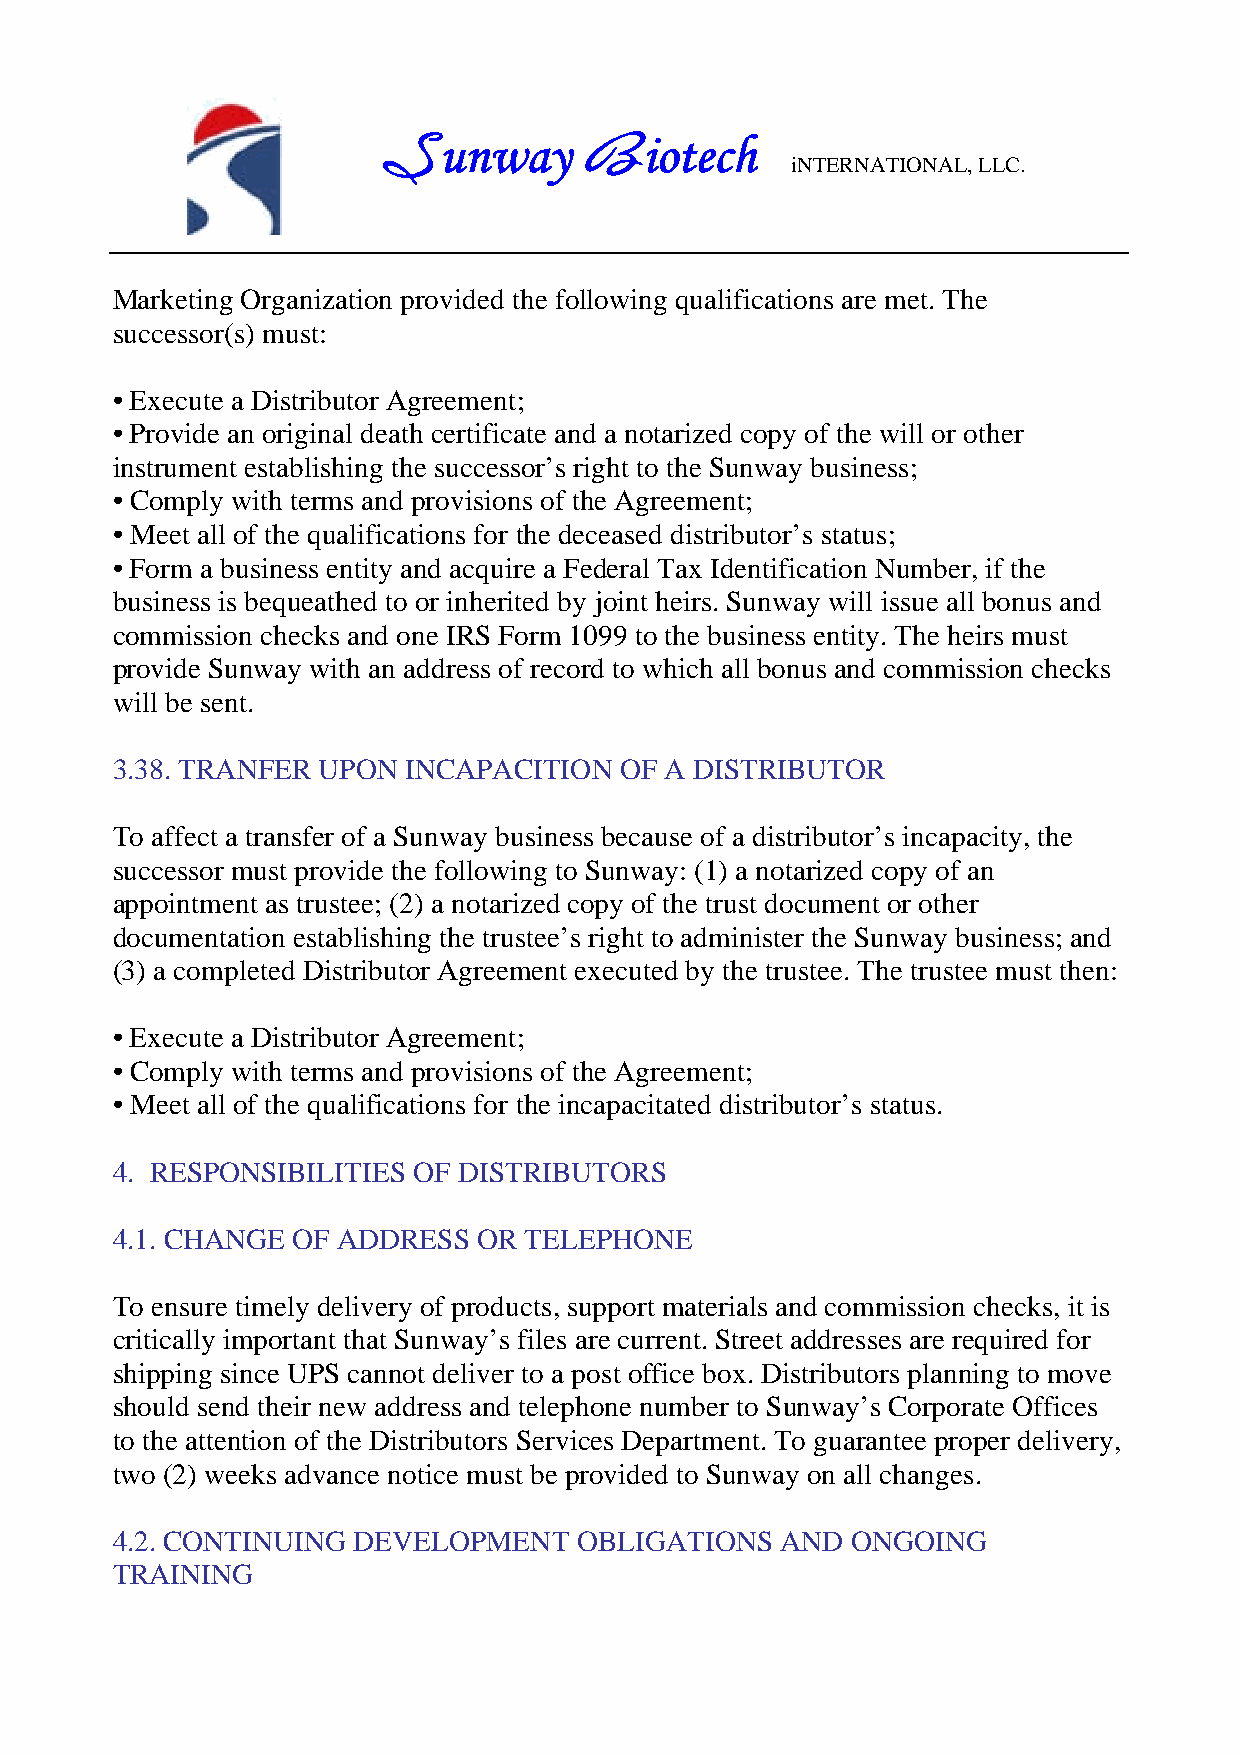
unway         iotech
 S             B            iNTERNATIONAL, LLC.
 Marketing Organization provided the following qualifications are met. The
 successor(s) must:
 • Execute a Distributor Agreement;
 • Provide an original death certificate and a notarized copy of the will or other
 instrument establishing the successor’s right to the Sunway business;
 • Comply with terms and provisions of the Agreement;
 • Meet all of the qualifications for the deceased distributor’s status;
 • Form a business entity and acquire a Federal Tax Identification Number, if the
 business is bequeathed to or inherited by joint heirs. Sunway will issue all bonus and
 commission checks and one IRS Form 1099 to the business entity. The heirs must
 provide Sunway with an address of record to which all bonus and commission checks
 will be sent.
 3.38. TRANFER UPON  INCAPACITION  OF A DISTRIBUTOR
 To affect a transfer of a Sunway business because of a distributor’s incapacity, the
 successor must provide the following to Sunway: (1) a notarized copy of an
 appointment as trustee; (2) a notarized copy of the trust document or other
 documentation establishing the trustee’s right to administer the Sunway business; and
 (3) a completed Distributor Agreement executed by the trustee. The trustee must then:
 • Execute a Distributor Agreement;
 • Comply with terms and provisions of the Agreement;
 • Meet all of the qualifications for the incapacitated distributor’s status.
 4. RESPONSIBILITIES OF DISTRIBUTORS
 4.1. CHANGE OF ADDRESS   OR TELEPHONE
 To ensure timely delivery of products, support materials and commission checks, it is
 critically important that Sunway’s files are current. Street addresses are required for
 shipping since UPS cannot deliver to a post office box. Distributors planning to move
 should send their new address and telephone number to Sunway’s Corporate Offices
 to the attention of the Distributors Services Department. To guarantee proper delivery,
 two (2) weeks advance notice must be provided to Sunway on all changes.
 4.2. CONTINUING DEVELOPMENT    OBLIGATIONS   AND ONGOING
 TRAINING